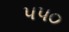
૫૫૦